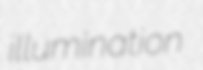
illumination